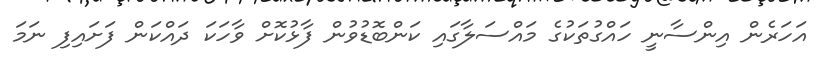
އަހަރެން އިންސާނީ ހައްގުތަކުގެ މައްސަލާގައި ކަންބޮޑުވުން ފާޅުކޮށް ވާހަކަ ދައްކަން ފަށައިފި ނަމަ